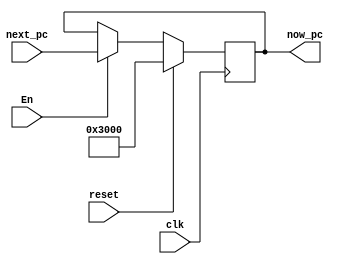
`timescale 1ns / 1ps

module PC(clk, reset, next_pc, now_pc, En);
	
	input [31:0] next_pc;
	input clk, reset, En;
	
	output reg [31:0] now_pc;
	
	initial begin
		now_pc = 32'h0000_3000;
	end
	
	always @(posedge clk) begin
		if (reset)
			now_pc <= 32'h0000_3000;
		else if (En)
			now_pc <= next_pc;
	end

endmodule